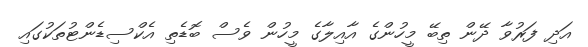
އަދި ފަރުވާ ދޭން ތިބޭ މީހުންގެ އާއިލާގެ މީހުން ވެސް ބޮޑެތި އެކްސިޑެންޓުތަކުގައި